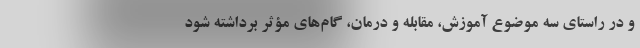
و در راستای سه موضوع آموزش، مقابله و درمان، گام‌های مؤثر برداشته شود